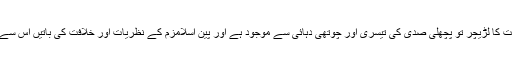
اخوان اور جماعت کا لڑیچر تو پچھلی صدی کی تیسری اور چوتھی دہائی سے موجود ہے اور پین اسلامزم کے نظریات اور خلافت کی باتیں اس سے بھی پرانی ہیں۔